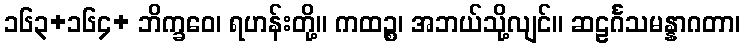
၁၆၃+၁၆၄+ ဘိက္ခဝေ၊ ရဟန်းတို့။ ကထဉ္စ၊ အဘယ်သို့လျင်။ ဆဠင်္ဂသမန္နာဂတာ၊